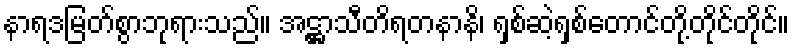
နာရဒမြတ်စွာဘုရားသည်။ အဋ္ဌာသီတိရတနာနိ၊ ရှစ်ဆဲ့ရှစ်တောင်တို့တိုင်တိုင်။